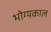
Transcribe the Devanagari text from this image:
भोग्यकाल